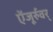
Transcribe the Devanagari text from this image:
ऐंजूर्रुवर्